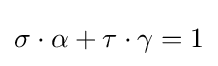
\sigma \cdot \alpha +\tau \cdot \gamma =1